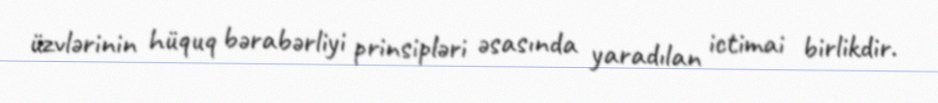
üzvlərinin hüquq bərabərliyi prinsipləri əsasında yaradılan ictimai birlikdir.